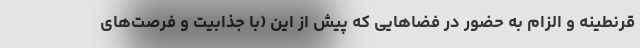
قرنطینه و الزام به حضور در فضاهایی که پیش از این (با جذابیت و فرصت‌های